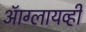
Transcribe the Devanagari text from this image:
ऑग्लायव्ही